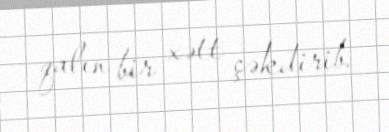
qalın bir xətt çəkdirib.